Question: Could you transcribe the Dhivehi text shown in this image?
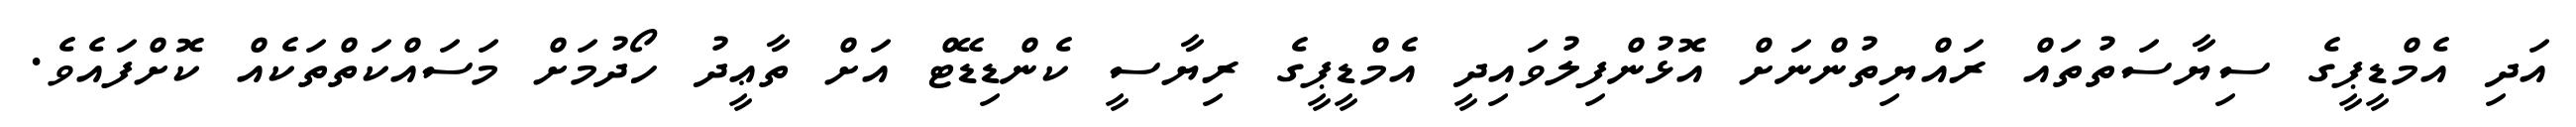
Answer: އަދި އެމްޑީޕީގެ ސިޔާސަތުތައް ރައްޔިތުންނަށް އޮޅުންފިލުވައިދީ އެމްޑީޕީގެ ރިޔާސީ ކެންޑިޑޭޓް އަށް ތާޢީދު ހޯދުމަށް މަސައްކަތްތަކެއް ކޮށްފައެވެ.